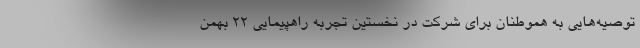
توصیه‌هایی به هموطنان برای شرکت در نخستین تجربه راهپیمایی ۲۲ بهمن